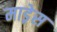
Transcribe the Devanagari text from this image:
माड्रेस